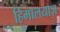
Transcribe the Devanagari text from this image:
हिमालयाज़